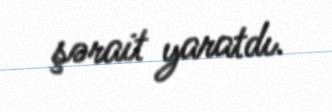
şərait yaratdı.